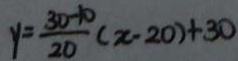
y = \frac { 3 0 - 1 0 } { 2 0 } ( x \cdot 2 0 ) + 3 0